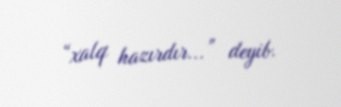
“xalq hazırdır...” deyib.